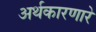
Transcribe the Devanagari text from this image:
अर्थकारणारे